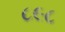
૮૯૮